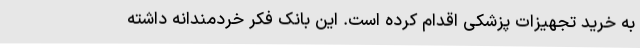
به خرید تجهیزات پزشکی اقدام کرده است. این بانک فکر خردمندانه داشته